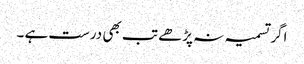
اگر تسمیہ نہ پڑھے تب بھی درست ہے ۔